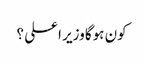
کون ہوگا وزیر اعلی ؟